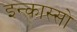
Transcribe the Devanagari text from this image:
इन्कास्सो